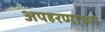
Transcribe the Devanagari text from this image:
अपहरणाच्या